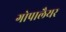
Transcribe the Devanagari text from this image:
गोपालैयर